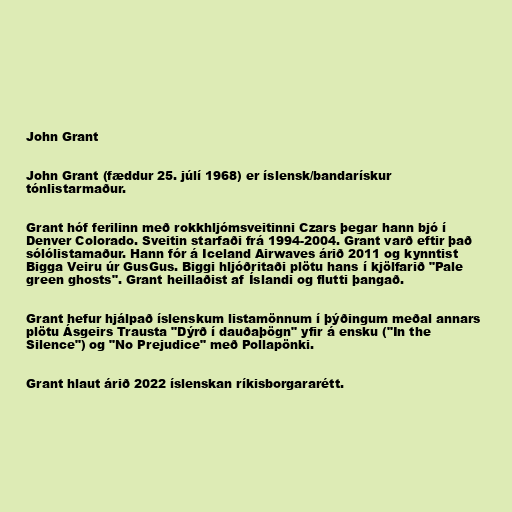
John Grant

John Grant (fæddur 25. júlí 1968) er íslensk/bandarískur
tónlistarmaður.

Grant hóf ferilinn með rokkhljómsveitinni Czars þegar hann bjó í
Denver Colorado. Sveitin starfaði frá 1994-2004. Grant varð eftir það
sólólistamaður. Hann fór á Iceland Airwaves árið 2011 og kynntist
Bigga Veiru úr GusGus. Biggi hljóðritaði plötu hans í kjölfarið "Pale
green ghosts". Grant heillaðist af Íslandi og flutti þangað.

Grant hefur hjálpað íslenskum listamönnum í þýðingum meðal annars
plötu Ásgeirs Trausta "Dýrð í dauðaþögn" yfir á ensku ("In the
Silence") og "No Prejudice" með Pollapönki.

Grant hlaut árið 2022 íslenskan ríkisborgararétt.